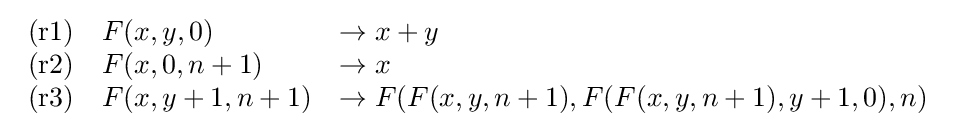
{\begin{array}{lll}{\text{(r1)}}&F(x,y,0)&\rightarrow x+y\\{\text{(r2)}}&F(x,0,n+1)&\rightarrow x\\{\text{(r3)}}&F(x,y+1,n+1)&\rightarrow F(F(x,y,n+1),F(F(x,y,n+1),y+1,0),n)\\\end{array}}